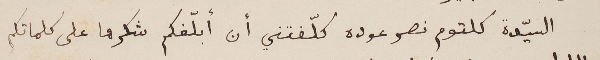
السيّدة كلتوم نصر عوده كلّفتني أن أبلّغكم شكرها على كلماتكم